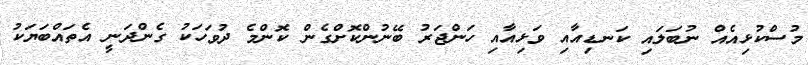
މުސްކުޅިއެއް ނުބަލައި ކަނޑިއާއި ވަޅިއާއި ހަންޖަރު ބޭނުންކޮށްގެން ކޮންމެ ދުވަހަކު ގެންދަނީ އެތައްބަޔަކު